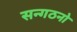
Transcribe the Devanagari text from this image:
सन्गठनो